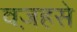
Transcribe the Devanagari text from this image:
वज़हसे